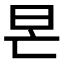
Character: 𣅖